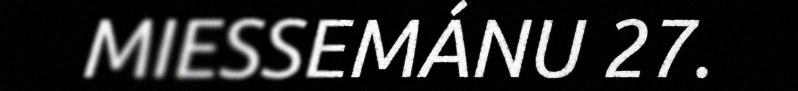
MIESSEMÁNU 27.